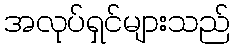
အလုပ်ရှင်များသည်